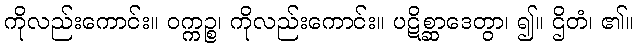
ကိုလည်းကောင်း။ ဝက္ကဉ္စ၊ ကိုလည်းကောင်း။ ပဋိစ္ဆာဒေတွာ၊ ၍။ ဌိတံ၊ ၏။